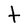
Character: t